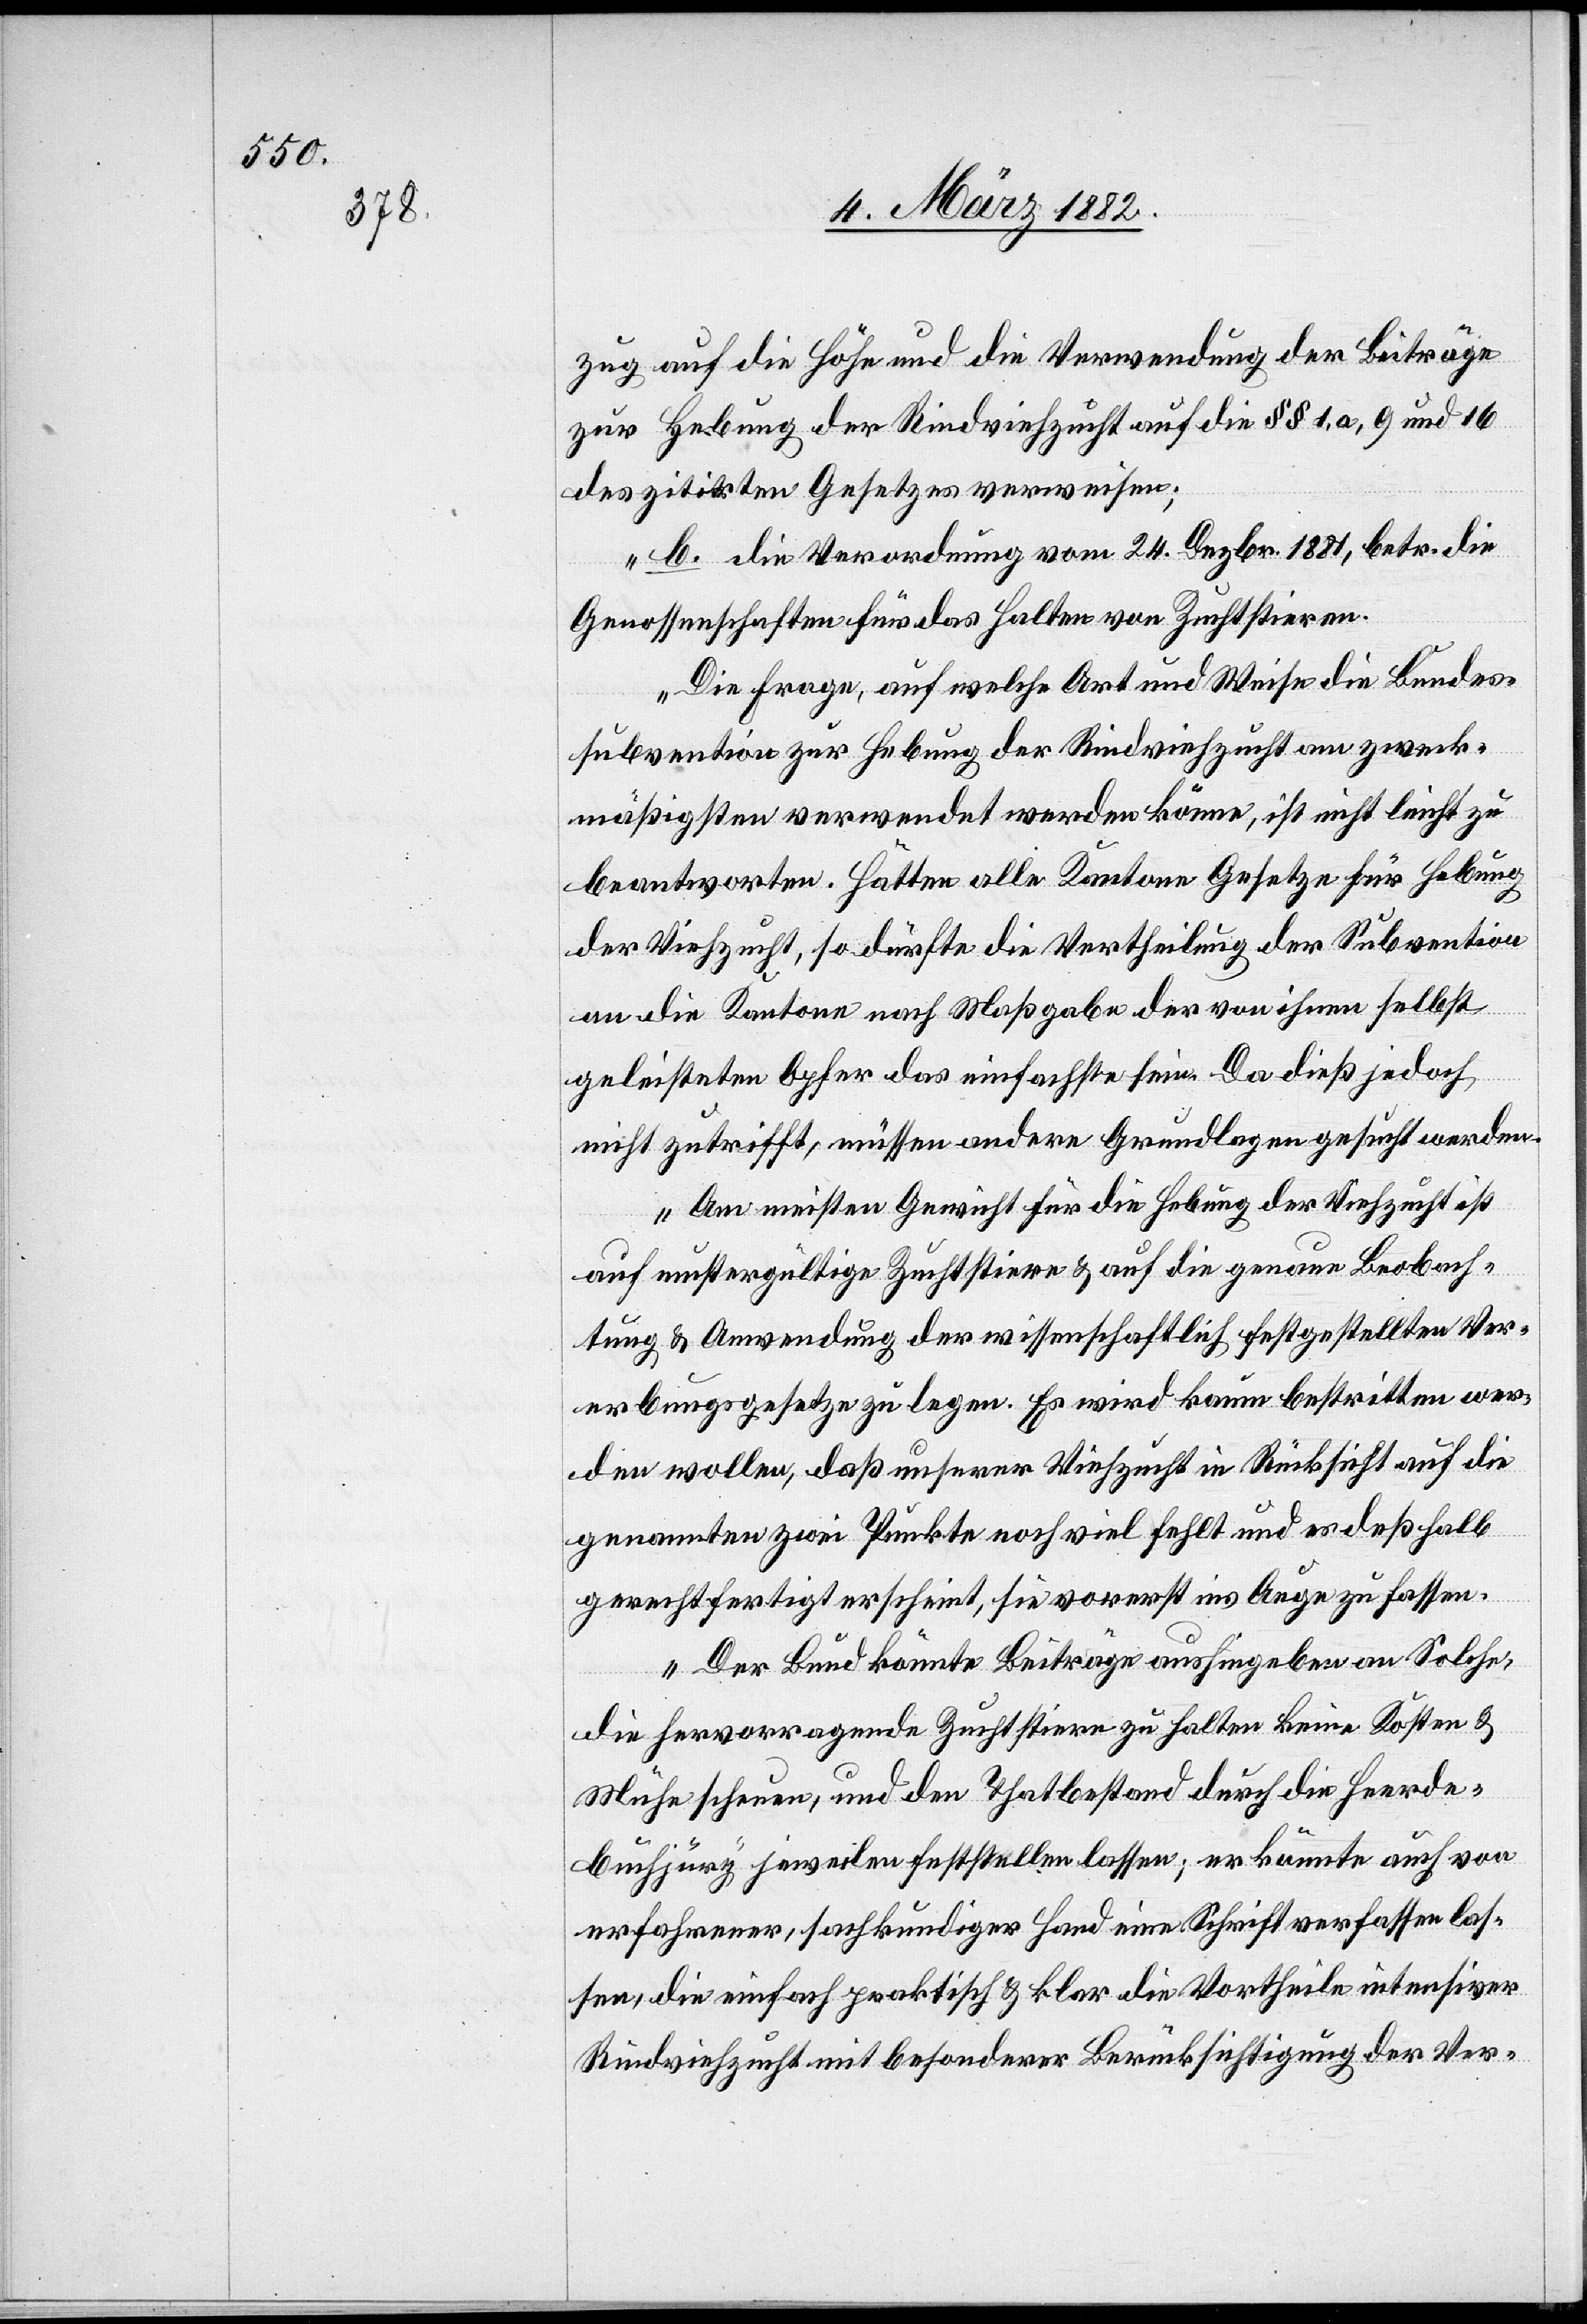
zug auf die Höhe und die Verwendung der Beiträge
zur Hebung der Rindviehzucht auf die §§ 1 a, 9 und 16
des zitirten Gesetzes verweisen;
b. die Verordnung vom 24. Dezbr. 1881, betr. die
Genossenschaften für das Halten von Zuchtstieren.
Die Frage, auf welche Art und Weise die Bundes¬
subvention zur Hebung der Rindviehzucht am zweck¬
mäßigsten verwendet werden könne, ist nicht leicht zu
beantworten. Hätten alle Kantone Gesetze für Hebung
der Viehzucht, so dürfte die Vertheilung der Subvention
an die Kantone nach Maßgabe der von ihren selbst
geleisteten Opfer das einfachste sein. Da dieß jedoch
nicht zutrifft, müssen andere Grundlagen gesucht werden.
Am meisten Gewicht für die Hebung der Viehzucht ist
auf mustergültige Zuchtstiere & auf die genaue Beobach¬
tung & Anwendung der wissenschaftlich festgestellten Ver¬
erbungsgesetze zu legen. Es wird kaum bestritten wer¬
den wollen, daß unserer Viehzucht in Rücksicht auf die
genannten zwei Punkte noch viel fehlt und es deßhalb
gerechtfertigt erscheint, sie vorerst ins Auge zu fassen.
Der Bund könnte Beiträge aushiegeben an Solche,
die hervorragende Zuchtstiere zu halten keine Kosten &
Mühe scheuen, und den Thatbestand durch die Heerde¬
buchjüry jeweilen feststellen lassen; er könnte auch von
erfahrener, sachkundiger Hand eine Schrift verfassen las¬
sen, die einfach praktisch & klar die Vortheile intensiver
Rindviehzucht mit besonderer Berücksichtigung der Ver-